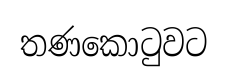
තණකොටුවට